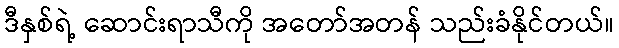
ဒီနှစ်ရဲ့ ဆောင်းရာသီကို အတော်အတန် သည်းခံနိုင်တယ်။